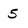
Character: 5